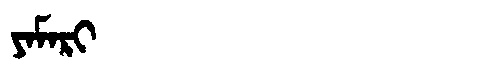
Manchu: ᠶᠠᠮᠠᡵᡳ
Romanization: YAMARI